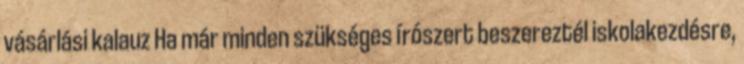
vásárlási kalauz Ha már minden szükséges írószert beszereztél iskolakezdésre,